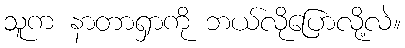
သူက နာတာရှာကို ဘယ်လိုပြောလို့လဲ။